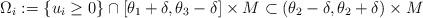
LaTeX: \begin{align*} \Omega_i := \{ u_i \geq 0 \} \cap [\theta_1 + \delta, \theta_3 - \delta] \times M \subset (\theta_2 - \delta, \theta_2 + \delta) \times M\end{align*}